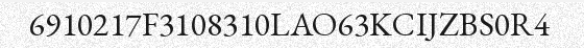
6910217F3108310LAO63KCIJZBS0R4